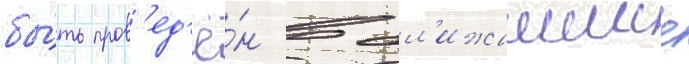
бы́ть пров'ед'ё́н в бл'ижаишие